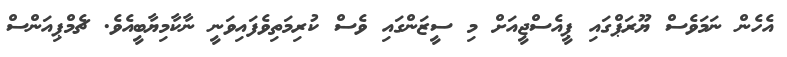
އެހެން ނަމަވެސް ޔޫރަޕްގައި ޕީއެސްޖީއަށް މި ސީޒަންގައި ވެސް ކުރިމަތިވެފައިވަނީ ނާކާމިޔާބީއެވެ. ޗެމްޕިއަންސް